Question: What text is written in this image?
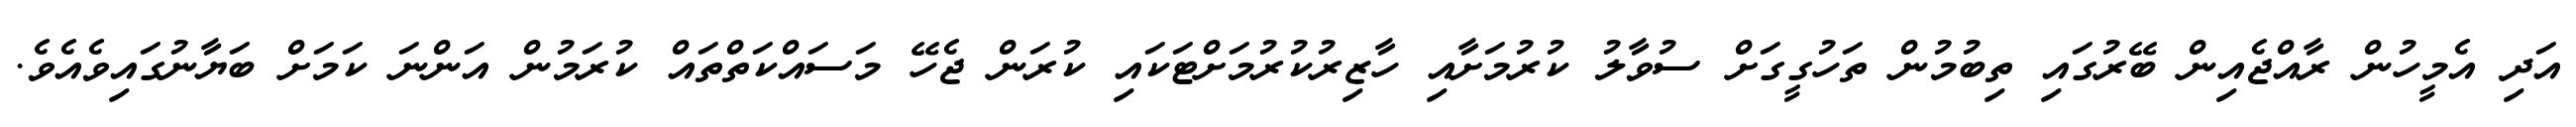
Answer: އަދި އެމީހުން ރާއްޖެއިން ބޭރުގައި ތިބުމުން ތަހުގީގަށް ސުވާލު ކުރުމަށާއި ހާޒިރުކުރުމަށްޓަކައި ކުރަން ޖެހޭ މަސައްކަތްތައް ކުރަމުން އަންނަ ކަމަށް ބަޔާނުގައިވެއެވެ.